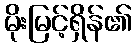
မိုးမြင့်ရှိန်၏